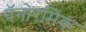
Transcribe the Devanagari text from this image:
पॅनोरमिक